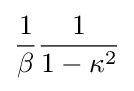
{\frac {1}{\beta }}{\frac {1}{1-\kappa ^{2}}}